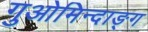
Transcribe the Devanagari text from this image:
गुओमिन्दाङ्ग